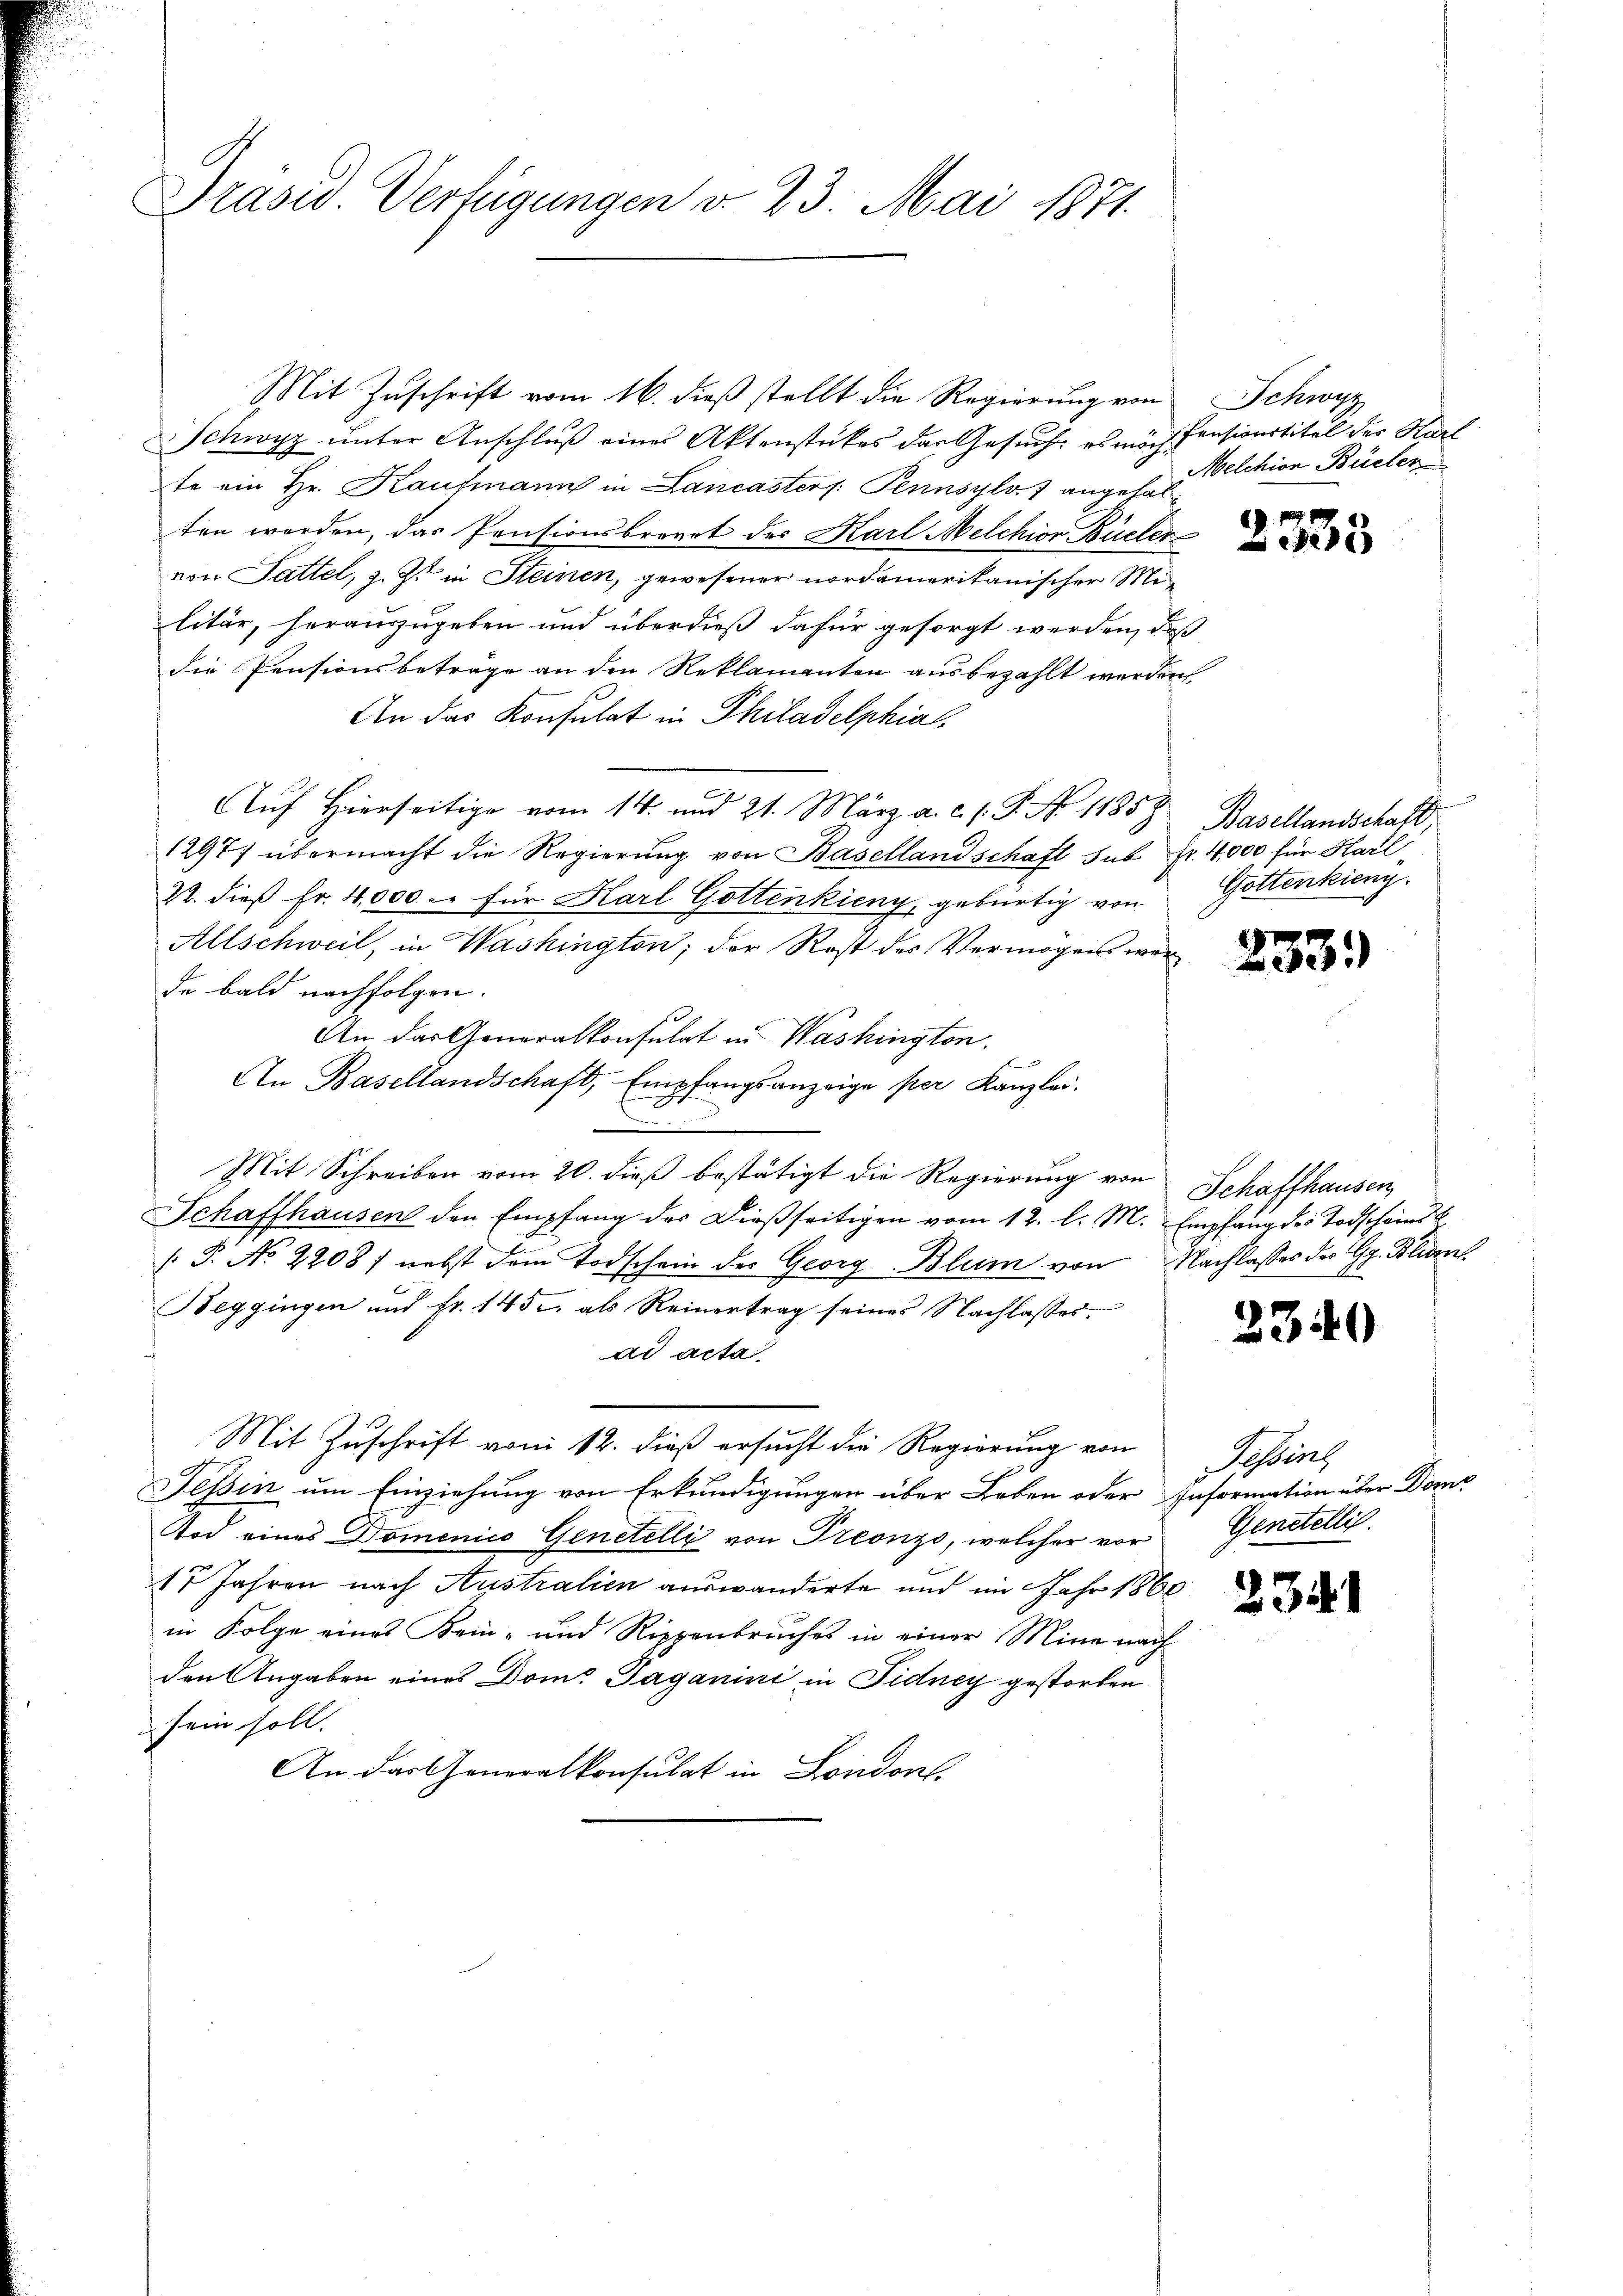
Präsid. Verfügungen v. 23. Mai 1871.

Mit Zuschrift vom 16. dieß stellt die Regierung von Schwyz
Schwyz unter Anschluß eines Aktenstückes der Gesuch: es möch Pensionstitel der Karl
te ein Hr. Kaufmann in Lancasters Pennsylv. 7 angehalten worden, das Pensionsbrevet des Karl Melchion Büeler
von Sattel, z. Zt. in Steinen, gewesener nordamerikanischer Militär, herauszugeben und überdieß dafür gesorgt werden, daß
die Pensionsbeträge an den Reklamenten ausbezahlt werden
An das Konsulat in Philadelphial
Auf Hierseitige vom 14. und 21. März a. c. s. S. No. 11858 Basellandschaft,
1297) übermacht die Regierŭng von Basellandschaft sub Fr. 4,000 für Karl¬
22. dieß Fr. 4,000. für Karl Gottenkieny, gebürtig von Gottenkieny.
Allschweil, in Washington, der Rest des Vermögens war
de bald nachfolgen.
An das Generalkonsulat in Washington.
An Basellandschaft, Empfangsanzeige per Kanzlei.
Mit Schreiben vom 20. dieß bestätigt die Regierung von
Schaffhausen den Empfang der dießseitigen vom 12. l. M. Empfang des Todscheins
( P. No 2208) nebst dem Todschein des Georg Blum von Nachlasses des G. Blun
Beggingen und fr. 1452, als Reinertrag seines Nachlasses.
ad acta
Mit Zuschrift vom 12. dieß ersucht die Regierung von
Tessin um Einziehung von Erkundigungen über Leben oder Information über Dom
Tod eines Domenico Genetelli von Treonzo, welcher vor Genetelli
17 Jahren nach Australien auswanderte und im Jahr 1860
in Folge eines Kein- und Rippenbruches in einer Mine nach
den Angaben eines Dom. Paganini in Fidney gestorben
 sein soll.
An das Generalkonsulat in London.

Melchion Büeler

2333

n

233.

Schaffhausen

2340

Tessine

234